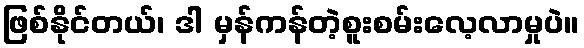
ဖြစ်နိုင်တယ်၊ ဒါ မှန်ကန်တဲ့စူးစမ်းလေ့လာမှုပဲ။